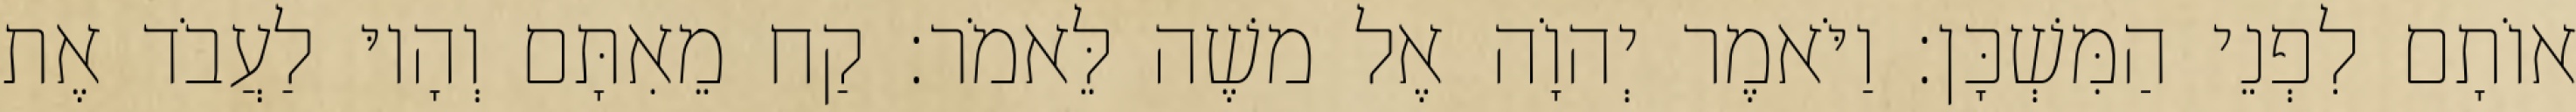
אוֹתָם לִפְנֵי הַמִּשְׁכָּן׃ וַיֹּאמֶר יְהוָֹה אֶל משֶׁה לֵּאמֹר׃ קַח מֵאִתָּם וְהָיוּ לַעֲבֹד אֶת